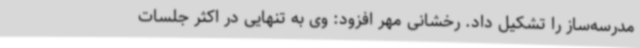
مدرسه‌ساز را تشکیل داد. رخشانی مهر افزود: وی به تنهایی در اکثر جلسات